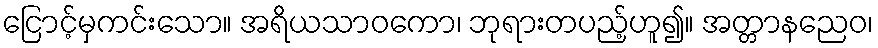
ငြောင့်မှကင်းသော။ အရိယသာဝကော၊ ဘုရားတပည့်ဟူ၍။ အတ္တာနညေဝ၊